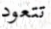
تتعود